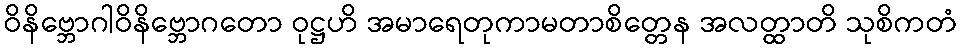
ဝိနိဗ္ဘောဂါဝိနိဗ္ဘောဂတော ဝုဋ္ဌဟိ အမာရေတုကာမတာစိတ္တေန အလတ္ထာတိ သုစိကတံ